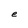
Character: e